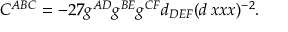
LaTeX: C ^ { A B C } = - 2 7 g ^ { A D } g ^ { B E } g ^ { C F } d _ { D E F } ( d \, x x x ) ^ { - 2 } .